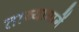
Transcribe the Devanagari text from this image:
ताब्यामागें